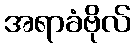
အရာခံဗိုလ်